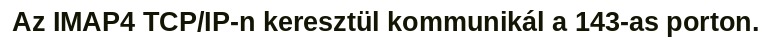
Az IMAP4 TCP/IP-n keresztül kommunikál a 143-as porton.